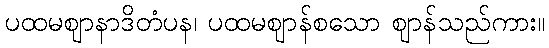
ပထမဈာနာဒိတံပန၊ ပထမဈာန်စသော ဈာန်သည်ကား။